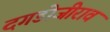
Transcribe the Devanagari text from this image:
दगडोजीराव